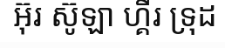
អ៊ុរ ស៊ូឡា ហ្គឺរ ទ្រុដ